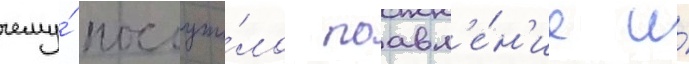
чему́ послужи́ло поавл'е́н'ие и́